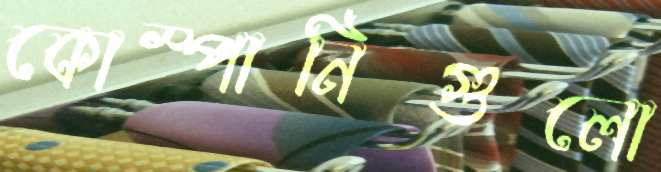
কোস্পানিগুলো